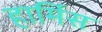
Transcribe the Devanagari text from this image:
हार्मिस